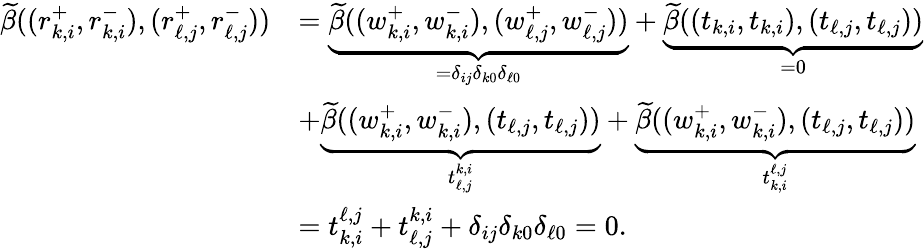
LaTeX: \begin{array}{rl}{\widetilde{\beta}((r_{k,i}^{+},r_{k,i}^{-}),(r_{\ell,j}^{+},r_{\ell,j}^{-}))}&{=\underbrace{\widetilde{\beta}((w_{k,i}^{+},w_{k,i}^{-}),(w_{\ell,j}^{+},w_{\ell,j}^{-}))}_{=\delta_{ij}\delta_{k0}\delta_{\ell 0}}+\underbrace{\widetilde{\beta}((t_{k,i},t_{k,i}),(t_{\ell,j},t_{\ell,j}))}_{=0}}\\ &{+\underbrace{\widetilde{\beta}((w_{k,i}^{+},w_{k,i}^{-}),(t_{\ell,j},t_{\ell,j}))}_{t_{\ell,j}^{k,i}}+\underbrace{\widetilde{\beta}((w_{k,i}^{+},w_{k,i}^{-}),(t_{\ell,j},t_{\ell,j}))}_{t_{k,i}^{\ell,j}}}\\ &{=t_{k,i}^{\ell,j}+t_{\ell,j}^{k,i}+\delta_{ij}\delta_{k0}\delta_{\ell 0}=0.}\end{array}